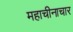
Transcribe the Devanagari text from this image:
महाचीनाचार